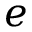
e